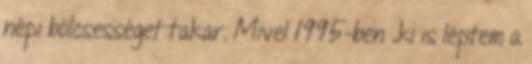
népi bölcsességet takar. Mivel 1995-ben „ki is léptem a